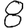
Digit: 8